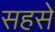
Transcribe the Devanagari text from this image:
सहसे